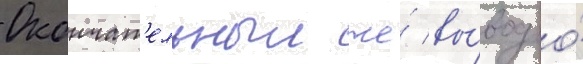
Окончат'ельныи же́ вы́вод о́